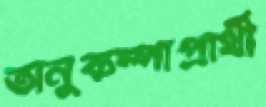
অনুকম্পাপ্রার্থী